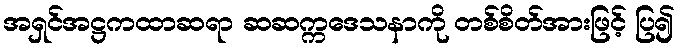
အရှင်အဋ္ဌကထာဆရာ ဆဆက္ကဒေသနာကို တစ်စိတ်အားဖြင့် ပြ၍